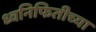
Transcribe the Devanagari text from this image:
ध्वनिफितीच्या